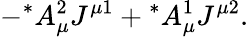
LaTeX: -{^\ast}A_{\mu}^{2}J^{\mu 1}+{^\ast}A_{\mu}^{1}J^{\mu 2}.